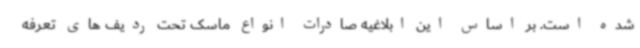
شده است. بر اساس این ابلاغیه صادرات انواع ماسک تحت ردیف های تعرفه